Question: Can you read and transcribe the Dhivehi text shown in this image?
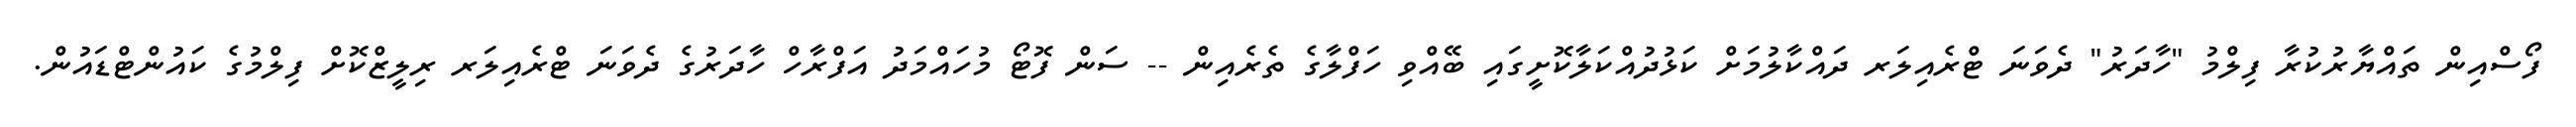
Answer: ފޯސްއިން ތައްޔާރުކުރާ ފިލްމު "ހާދަރު" ދެވަނަ ޓްރެއިލަރ ދައްކާލުމަށް ކަޅުދުއްކަލާކޮށީގައި ބޭއްވި ހަފްލާގެ ތެރެއިން -- ސަން ފޮޓޯ މުހައްމަދު އަފްރާހް ހާދަރުގެ ދެވަނަ ޓްރެއިލަރ ރިލީޒްކޮށް ފިލްމުގެ ކައުންޓްޑައުން.